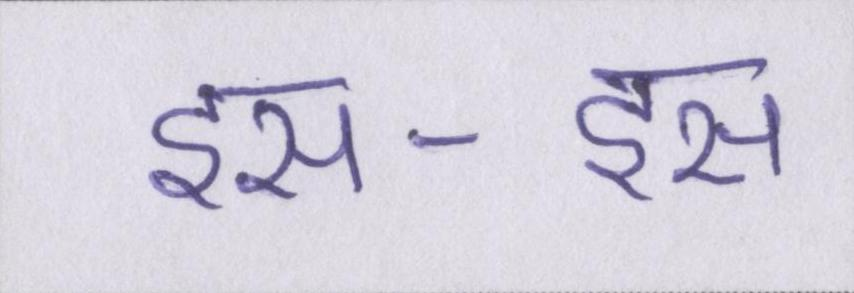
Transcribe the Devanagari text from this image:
इस-इस